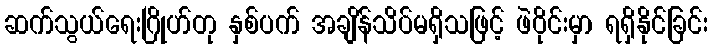
ဆက်သွယ်ရေးဂြိုဟ်တု နှစ်ပက် အချိန်သိပ်မရှိသဖြင့် ဖဲဝိုင်းမှာ ရရှိနိုင်ခြင်း